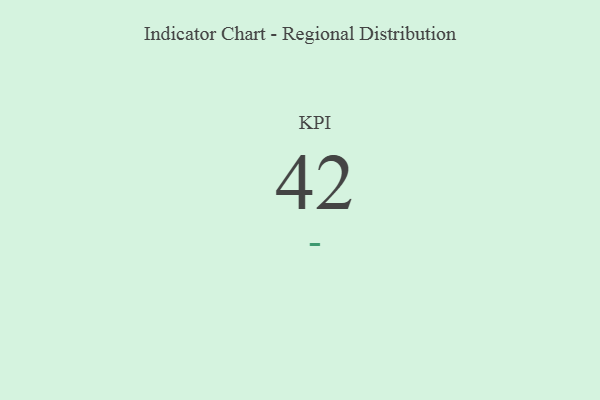
{"axis": {"x": "KPI", "y": "Value"}, "legend": [""], "data": [{"x": "KPI", "y": 42, "type": ""}]}